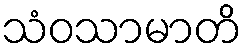
သံဝသာမာတိ